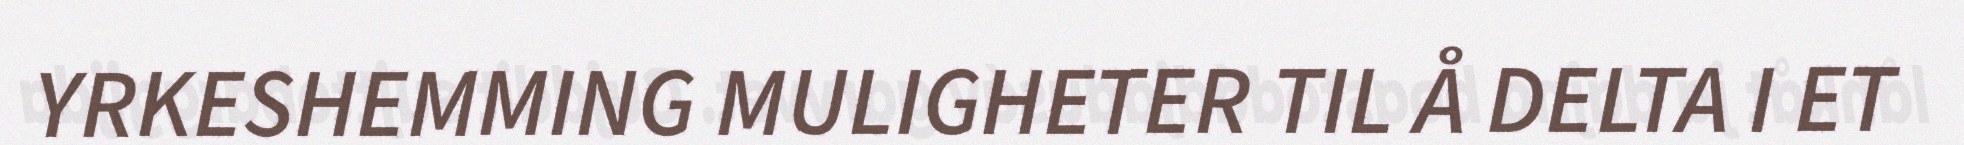
YRKESHEMMING MULIGHETER TIL Å DELTA I ET